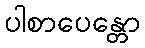
ပါစာပေန္တော